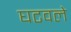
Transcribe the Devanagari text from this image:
घटवले